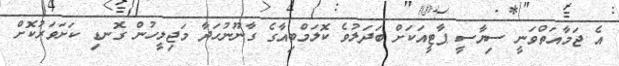
އެ ޖަމާއަތްވަނީ ސިޔާސީ ޕާޓީއަކަށް ބަދަލުވެ ކޮލަމްބިއާގެ ގާނޫނުހަދާ މަޖިލީހުން ގޮނޑި ކަށަވަރުކޮށް